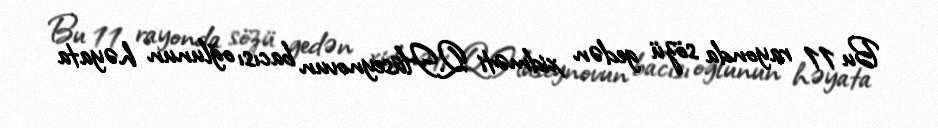
Bu 11 rayonda sözü gedən xidməti Q.Hüseynovun bacısı oğlunun həyata